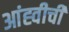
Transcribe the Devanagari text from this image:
आंह्वीची